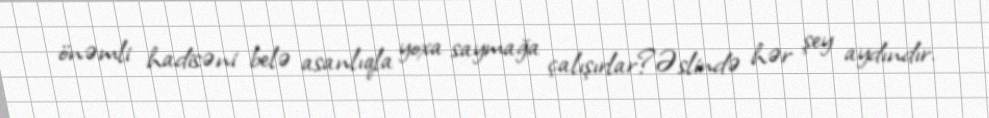
önəmli hadisəni belə asanlıqla yoxa saymağa çalışırlar?Əslində hər şey aydındır.